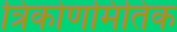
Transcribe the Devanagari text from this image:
त्रिकोणमितिक